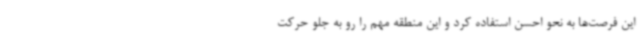
این فرصت‌ها به نحو احسن استفاده کرد و این منطقه مهم را رو به جلو حرکت